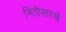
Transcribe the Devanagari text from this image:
भिंतीसारखे